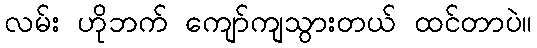
လမ်း ဟိုဘက် ကျော်ကျသွားတယ် ထင်တာပဲ။